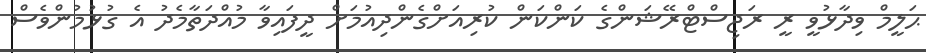
ޙަލީމް ވިދާޅުވީ ރީ ރަޖިސްޓްރޭޝަންގެ ކަންކަން ކުރިއަށްގެންދިއުމަށް ދީފައިވާ މުއްދަތާމެދު އެ ގުޅުމުންވެސް